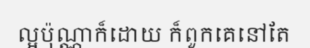
ល្អប៉ុណ្ណាក៏ដោយ ក៏ពួកគេនៅតែ